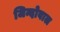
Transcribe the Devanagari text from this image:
जिन्दोवाल